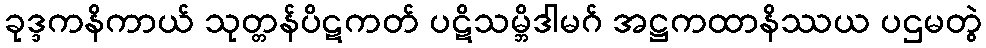
ခုဒ္ဒကနိကာယ် သုတ္တန်ပိဋကတ် ပဋိသမ္ဘိဒါမဂ် အဋ္ဌကထာနိဿယ ပဌမတွဲ